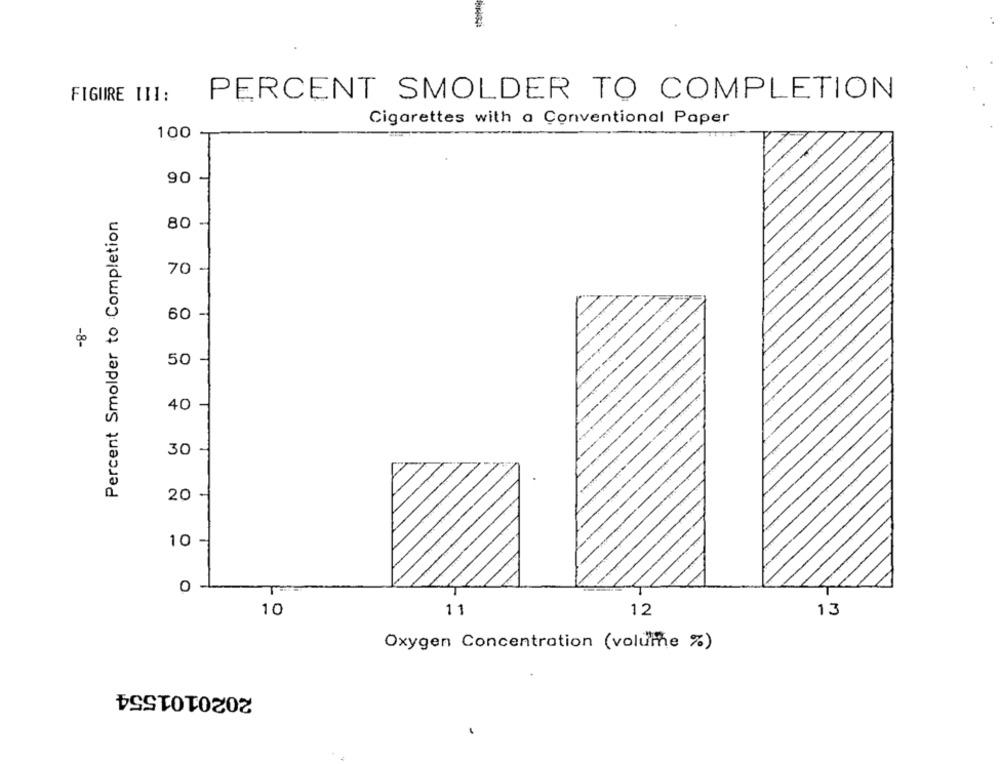
FIGURE III:
PERCENT SMOLDER TO COMPLETION
Cigarettes with a Conventional Paper
100
90
-
Percent Smolder to Completion
80
70 -
60 -
do
50 -
40
30
20
10
0 -
10
11
12
13
Oxygen Concentration (volume %)
2020101554